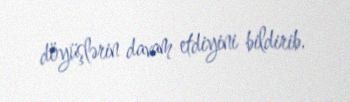
döyüşlərin davam etdiyini bildirib.